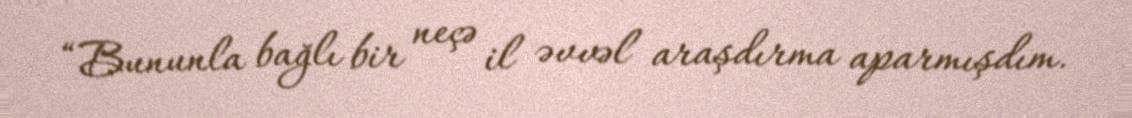
“Bununla bağlı bir neçə il əvvəl araşdırma aparmışdım.